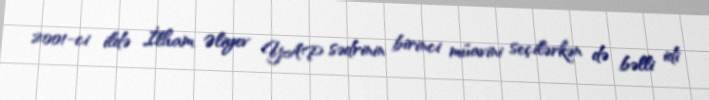
2001-ci ildə İlham Əliyev YAP sədrinin birinci müavini seçilərkən də bəlli idi